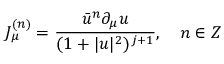
J _ { \mu } ^ { ( n ) } = \frac { \bar { u } ^ { n } \partial _ { \mu } u } { ( 1 + | u | ^ { 2 } ) ^ { j + 1 } } , \quad n \in Z